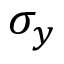
\sigma _ { y }